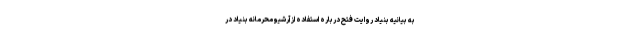
به بیانیه بنیاد روایت فتح درباره استفاده از آرشیو محرمانه بنیاد در